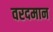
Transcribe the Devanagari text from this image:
वरदमान